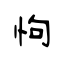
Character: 怐